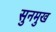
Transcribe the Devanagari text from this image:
सुनमुख